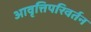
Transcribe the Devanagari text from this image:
आवृत्तिपरिवर्तन